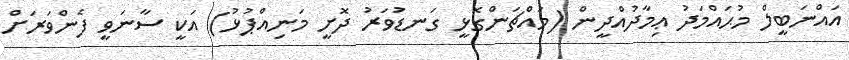
އައްނަބީލް މުޙައްމަދު ޢިމާދުއްދީން (މައްޗަންގޮޅީ ގަނޑުވަރު ދޮށީ މަނިއްޕުޅު) އަކީ ސާނަވީ ފެންވަރަށް